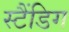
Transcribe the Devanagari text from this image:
स्टैंडिग